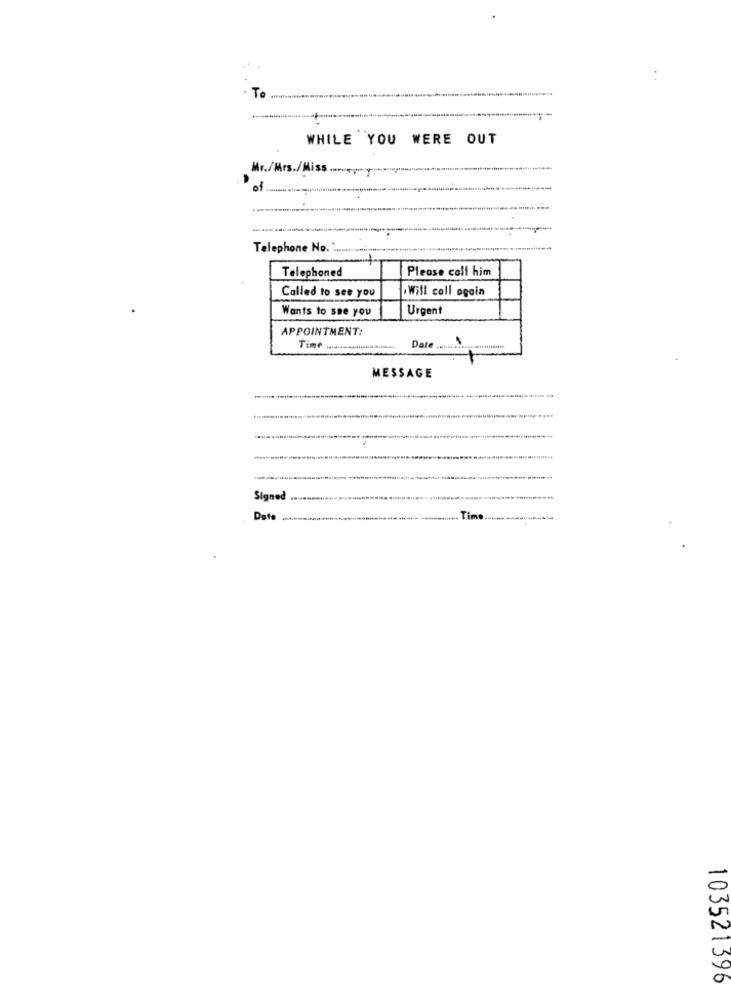
. To
WHILE YOU WERE OUT
Mr./Mrs./Miss .......** Y
of
Telephone No. :
Please call him
Telephoned
Will call again
Called to see you
Wants to see you
Urgent
APPOINTMENT:
Time
Date
MESSAGE
Signed
Date
Time
103521396